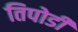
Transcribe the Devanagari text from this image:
तिपोडी